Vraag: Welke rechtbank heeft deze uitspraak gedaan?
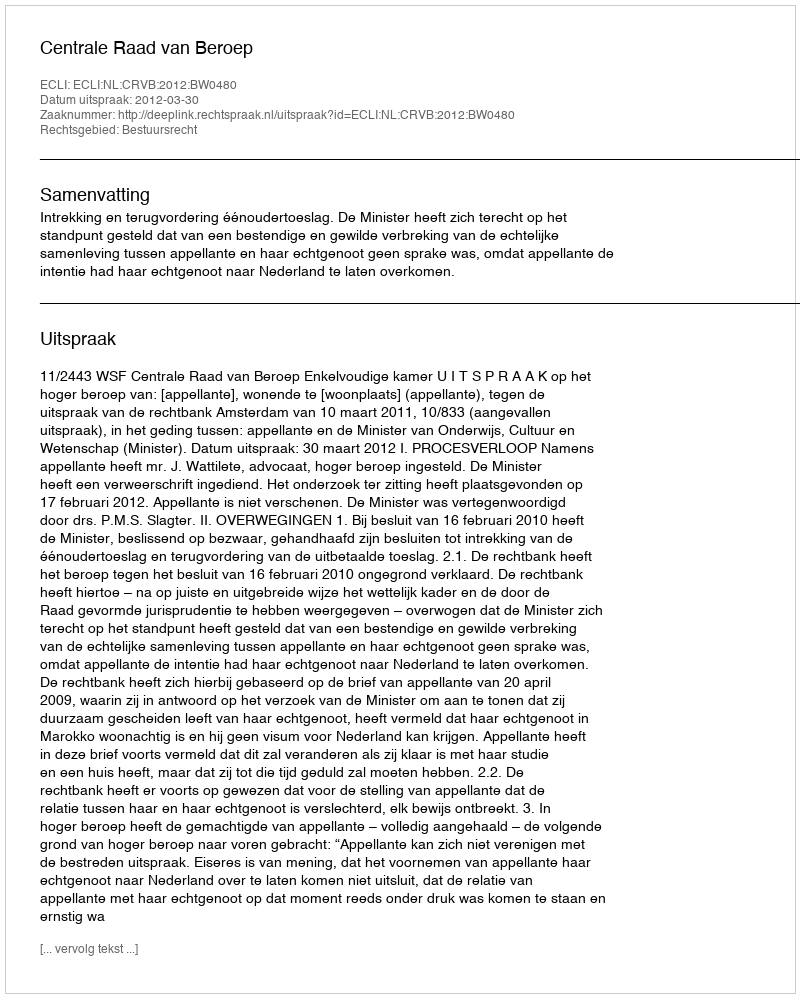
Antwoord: Centrale Raad van Beroep